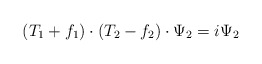
\begin{align*}(T_1+f_1)\cdot (T_2-f_2)\cdot \Psi_2=i\Psi_2\end{align*}